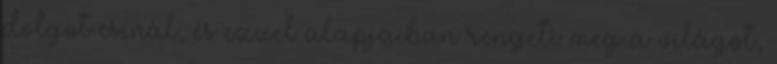
dolgot csinál, és ezzel alapjaiban rengeti meg a világot,